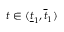
t \in ( \underline { { t } } _ { 1 } , \overline { { t } } _ { 1 } )